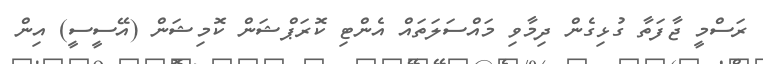
ރަސްމީ ޖާފަތާ ގުޅިގެން ދިމާވި މައްސަލަތައް އެންޓި ކޮރަޕްޝަން ކޮމިޝަން (އޭސީސީ) އިން